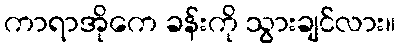
ကာရာအိုကေ ခန်းကို သွားချင်လား။